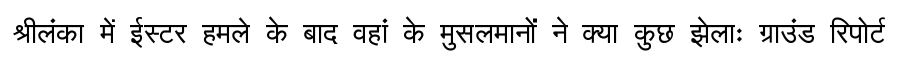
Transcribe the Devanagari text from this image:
श्रीलंका में ईस्टर हमले के बाद वहां के मुसलमानों ने क्या कुछ झेलाः ग्राउंड रिपोर्ट